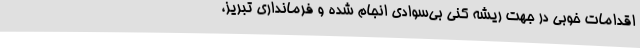
اقدامات خوبی در جهت ریشه کنی بی‌سوادی انجام شده و فرمانداری تبریز،